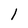
Character: l